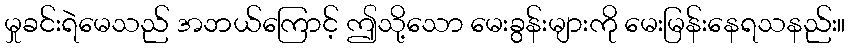
မှုခင်းရဲမေသည် အဘယ်ကြောင့် ဤသို့သော မေးခွန်းများကို မေးမြန်းနေရသနည်း။